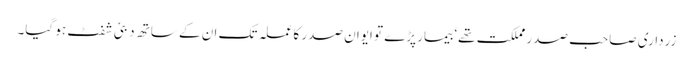
زرداری صاحب صدر مملکت تھے‘ بیمار پڑے تو ایوان صدر کا عملہ تک ان کے ساتھ دبئی شفٹ ہو گیا۔